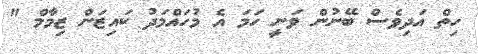
ހިތް އަދިވެސް ބޭނުން ވަނީ ހަމަ އެ މުހައްމަދު ކައިޒަން ޒިމާމް "